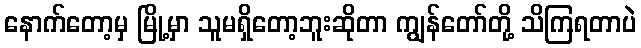
နောက်တော့မှ မြို့မှာ သူမရှိတော့ဘူးဆိုတာ ကျွန်တော်တို့ သိကြရတာပဲ